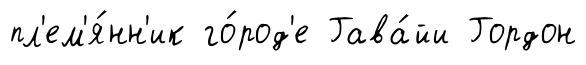
пл'ем'я́нн'ик го́род'е Гава́йи Гордон